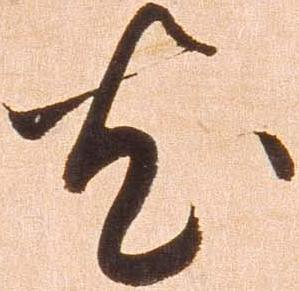
尤